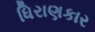
ધિરાણકાર